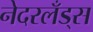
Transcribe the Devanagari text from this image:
नेदरलँड्‌स